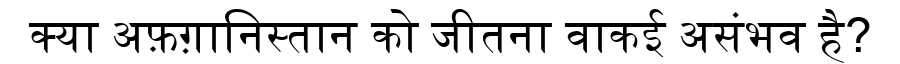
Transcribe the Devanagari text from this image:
क्या अफ़ग़ानिस्तान को जीतना वाकई असंभव है?